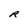
Character: R